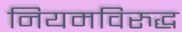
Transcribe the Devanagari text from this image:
नियमविरुद्ध